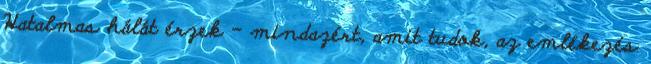
Hatalmas hálát érzek – mindazért, amit tudok, az emlékezés